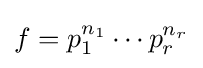
f=p_{1}^{n_{1}}\cdots p_{r}^{n_{r}}